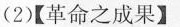
(2)【革命之成果】